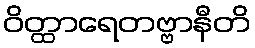
ဝိတ္ထာရေတဗ္ဗာနီတိ